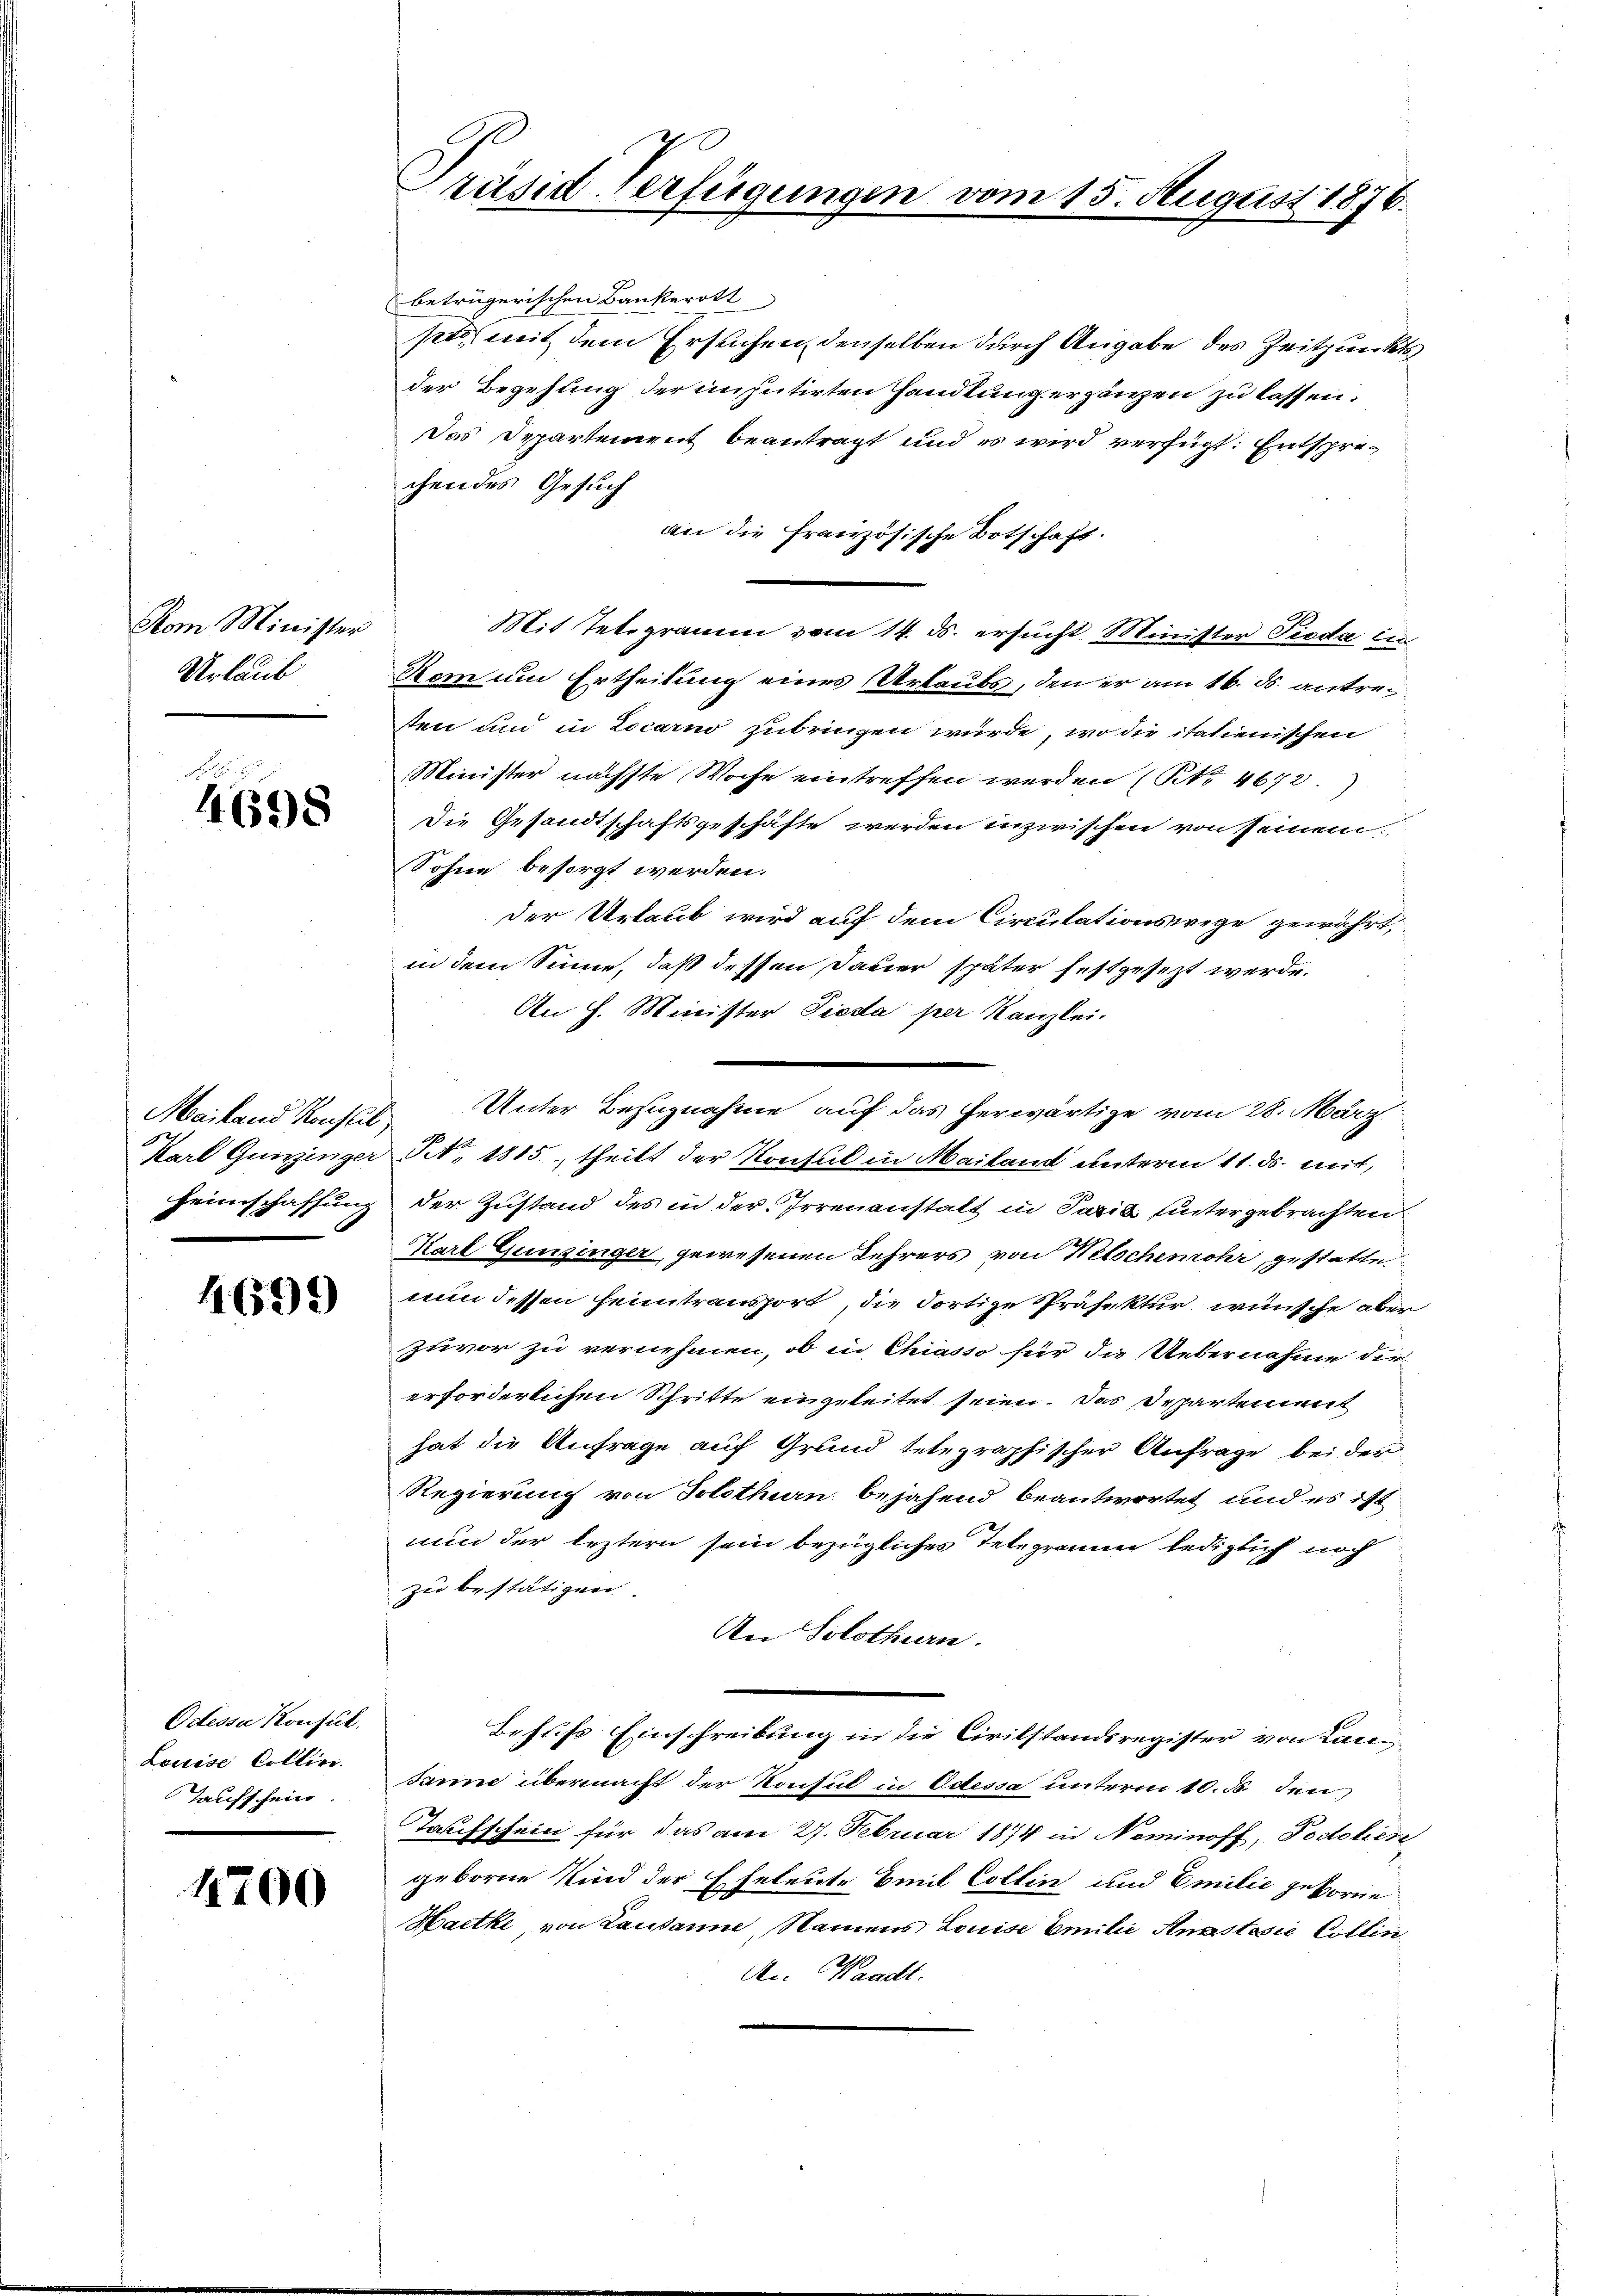
Vom Minister
Urlaub

l
14698

4691)

Odessa Konsul
Louise Collin.
Taufschein.

4700

betrügerischen Bankerott
pto mit dem Ersuchen denselben durch Angabe des Zeitpunkts
der Begehung der insutirten Handlung ergänzen zu lassen.
Das Departement beantragt und es wird verfügt: Entsprechendes Gesuch
an die Französische Botschaft.
Mit Telegramm vom 14. ds. ersucht Minister Tieda in
Rom um Ertheilung eines Urlaubs, den er am 16. ds. antresen und in Locarno zubringen würde, wo die italienischen
Minister nächste Woche eintreffen werden (NNo. 4672.)
Die Gesandtschaftsgeschäfte werden inzwischen von seinem
Sohne besorgt werden.
Der Urlaub wird auf dem Circulationswege gewährt,
in dem Sinne, daß dessen Dauer später festgesezt werde.
An h. Minister Tieda per Kanzlei.
Karl Gunzinger Tit. 1815, theilt der Konsul in Mailand unterm 11. ds. mit,
Heimschaffung der Zustand des in der Irrenanstalt in Paris untergebrachten
Karl Gunzinger, gewesenen Lehrers von Welschemohr, gestatte
nun dessen Heimtransport, die dortige Präfektur wünsche aber
zuvor zu vernehmen, ob in Chiasso für die Uebernahme die
erforderlichen Schritte eingeleitet seien. Das Departement
hat die Anfrage auf Grund telegraphischer Anfrage bei der
Regierung von Solothurn bejahend beantwortet und es ist
nun der leztern sein bezügliches Telegramm lediglich noch
zu bestätigen.
An Solothurn.
Behufs Einschreibung in die Civilstandsregister von Lausanne übermacht der Konsul in Odessa unterm 10. ds. den
Taufschein für das am 27. Februar 1874 in Nominoff, Podolien
geboren Kind der Eheleute mit Collin und Emilie geborne
Hactke von Lausanne, Namens Louise Emilie Anastasie Collin
An. Waadt.

Präsid Verfügungen vom 15. August 1876.

Mailand Konsul Unter Bezugnahme auf das herwärtige vom 28. März